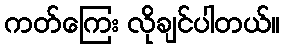
ကတ်ကြေး လိုချင်ပါတယ်။